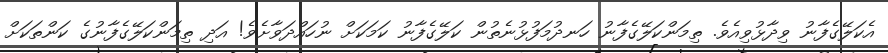
އެކަލޭގެފާނު ވިދާޅުވިއެވެ. ތިމަންކަލޭގެފާނު ހަނދުމަފުޅުނެތުން ކަލޭގެފާނު ކަމަކަށް ނުހައްދަވާށެވެ! އަދި ތިމަންކަލޭގެފާނުގެ ކަންތަކަށް